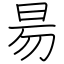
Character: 昜